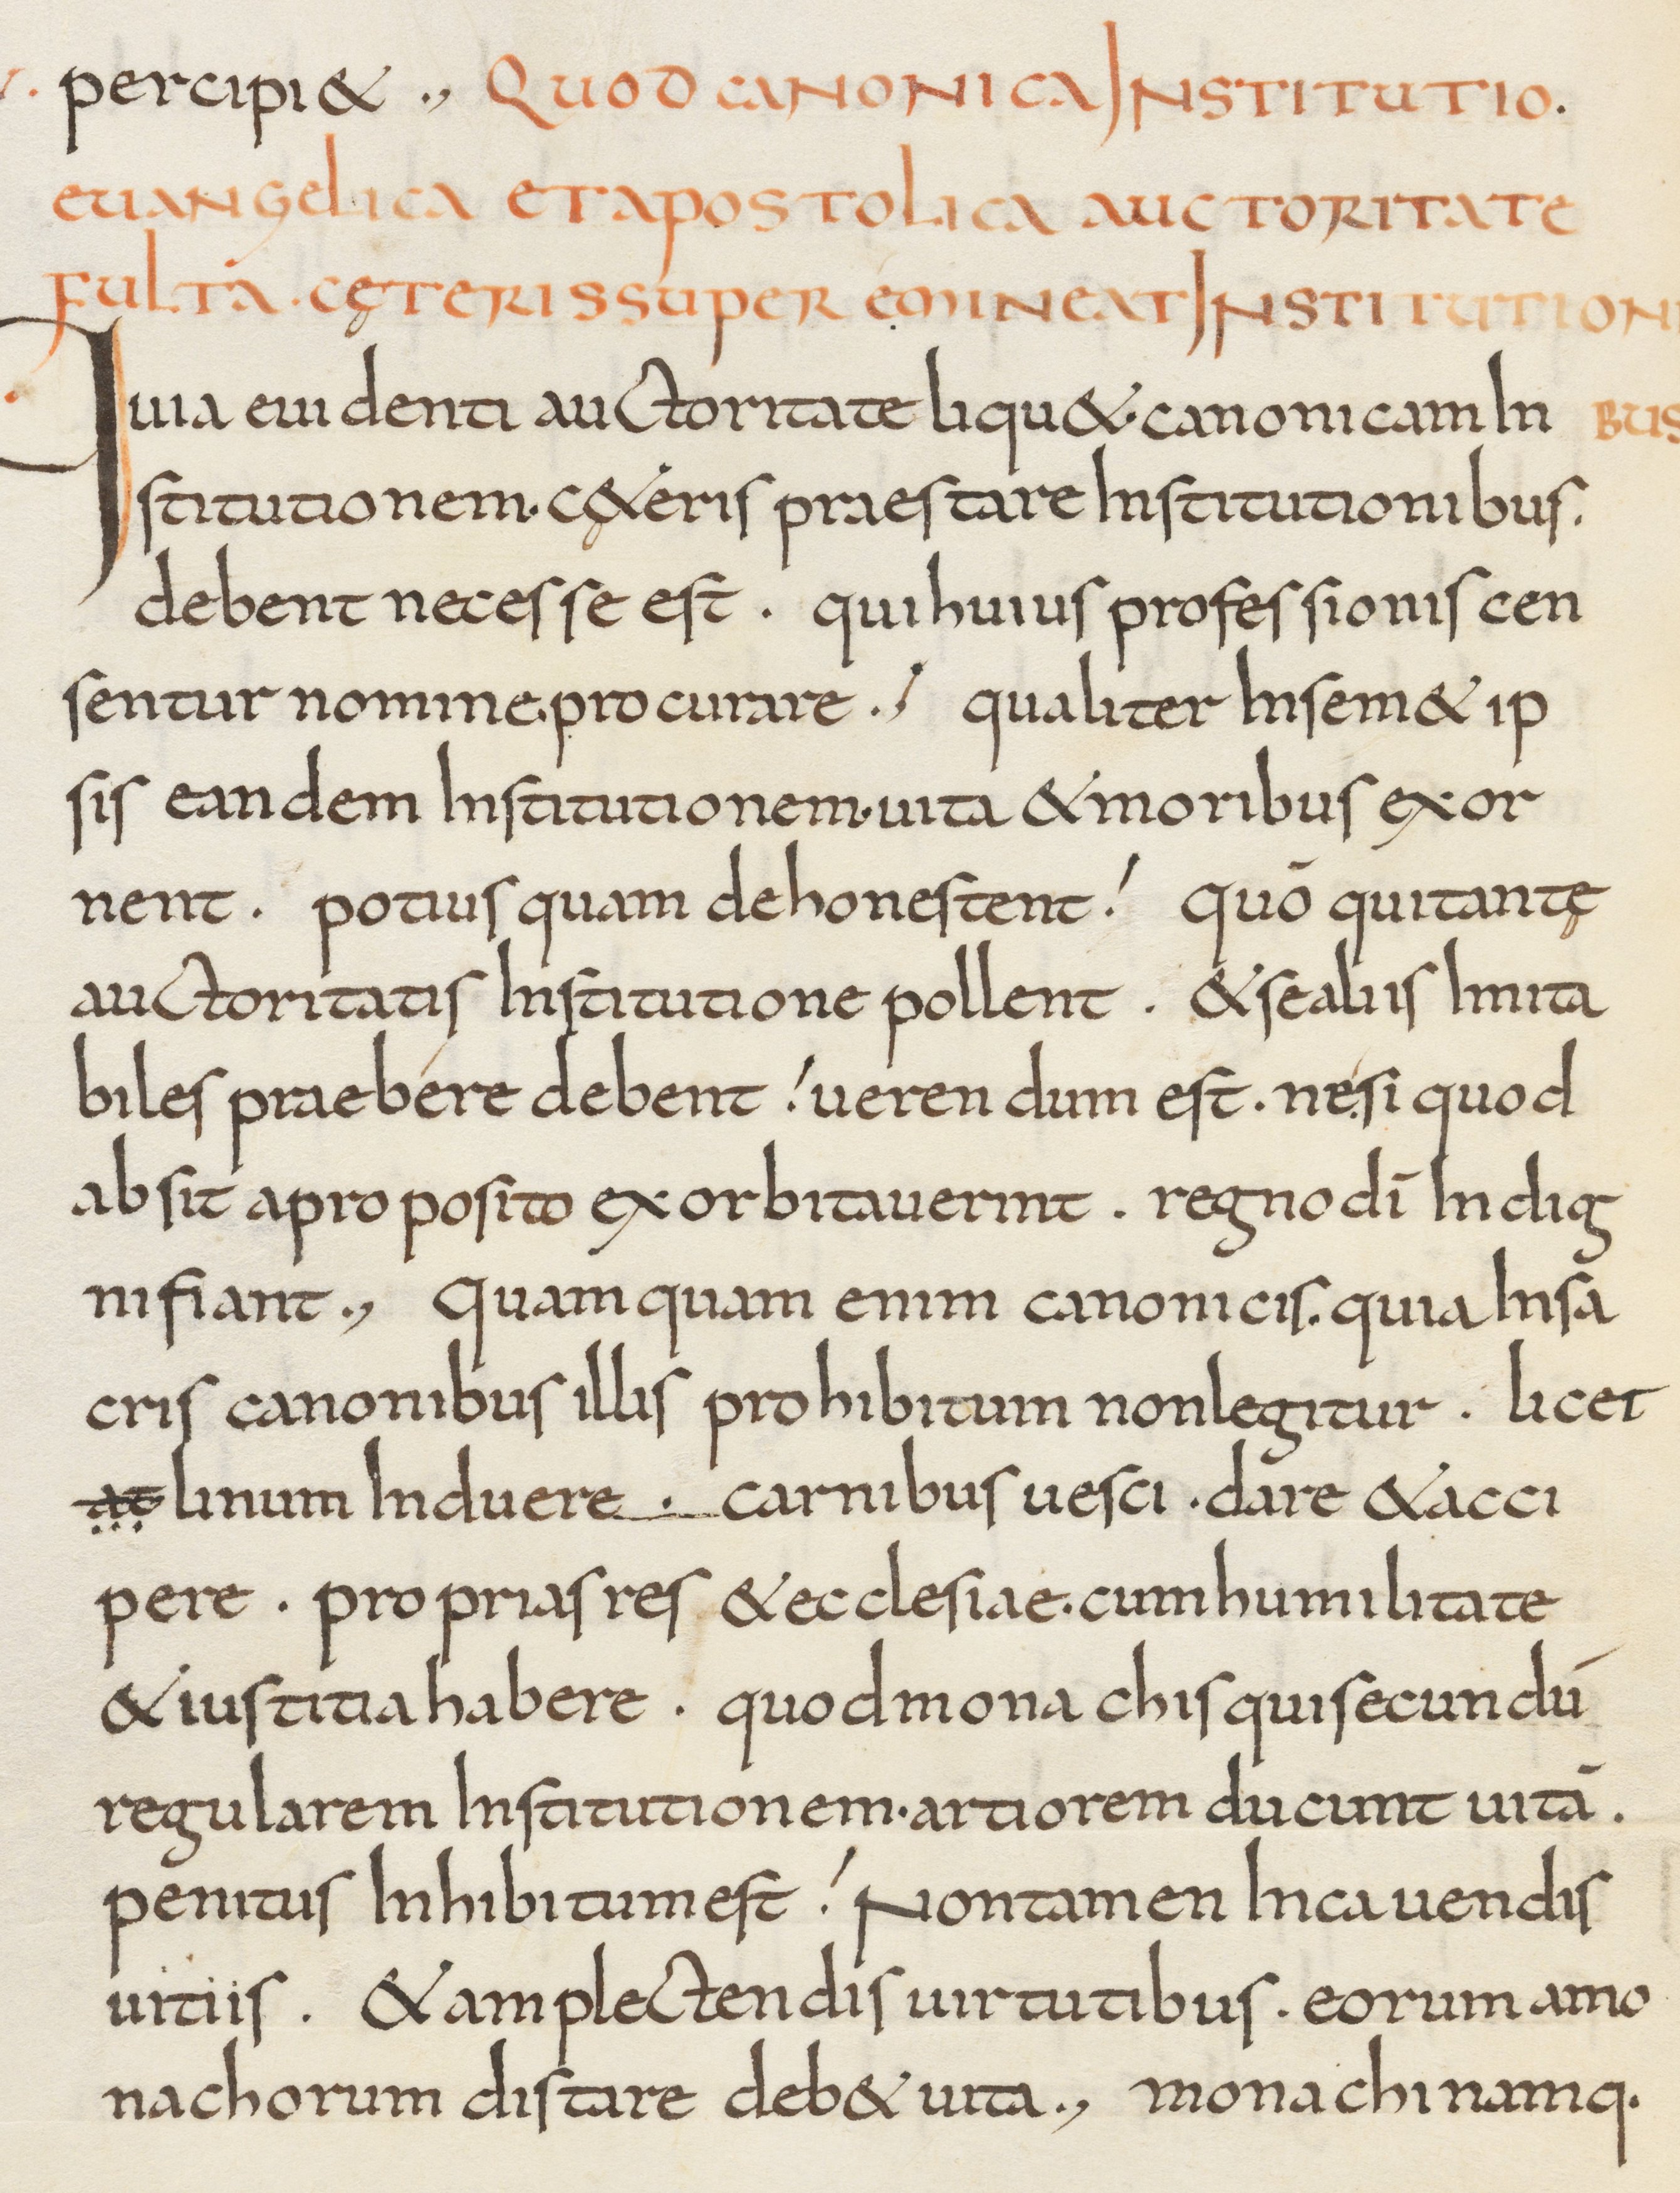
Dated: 800–849